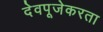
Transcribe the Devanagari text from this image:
देवपूजेकरता